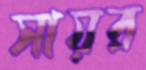
সায়র